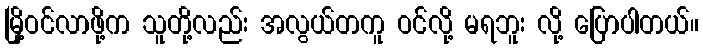
မြို့ဝင်လာဖို့က သူတို့လည်း အလွယ်တကူ ဝင်လို့ မရဘူး လို့ ပြောပါတယ်။